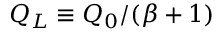
Q _ { L } \equiv Q _ { 0 } / ( \beta + 1 )